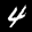
Label: 4